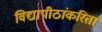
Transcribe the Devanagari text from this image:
विद्यापीठांकरिता